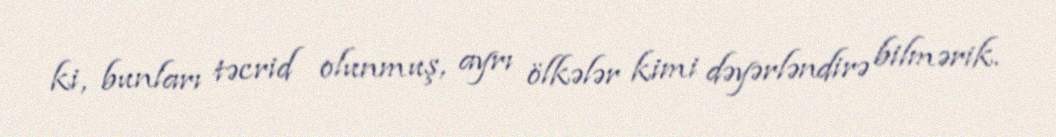
ki, bunları təcrid olunmuş, ayrı ölkələr kimi dəyərləndirə bilmərik.